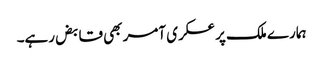
ہمارے ملک پر عسکری آمر بھی قابض رہے۔